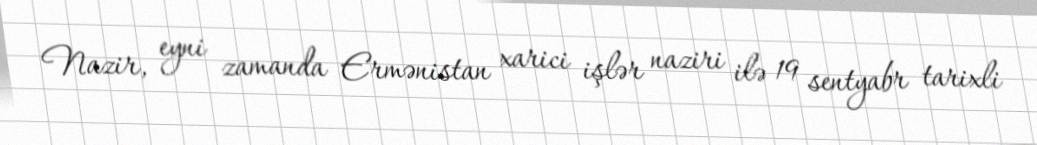
Nazir, eyni zamanda Ermənistan xarici işlər naziri ilə 19 sentyabr tarixli